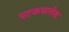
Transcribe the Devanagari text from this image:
पटकथालेख